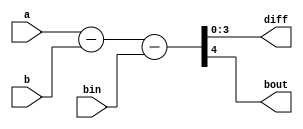
`timescale 1ns / 1ps
//////////////////////////////////////////////////////////////////////////////////
// Company: 
// Engineer: 
// 
// Design Name: 
// Module Name:    fs_4bit_dataflow 
// Project Name: 
// Target Devices: 
// Tool versions: 
// Description: 
//
// Dependencies: 
//
// Revision: 
// Revision 0.01 - File Created
// Additional Comments: 
//
//////////////////////////////////////////////////////////////////////////////////
module fs_4bit_dataflow(diff, bout, a, b, bin);
	input [3:0] a, b;
	input bin;
	output [3:0] diff;
	output bout;
	
	/*assign diff[0] = a[0]^b[0]^bin;
	assign w1 = (a[0]~^b[0])&bin | ~a[0]&b[0];
	
	assign diff[1] = a[1]^b[1]^w1;
	assign w2 = (a[1]~^b[1])&w1 | ~a[1]&b[1];
	
	assign diff[2] = a[2]^b[2]^w2;
	assign w3 = (a[2]~^b[2])&w2 | ~a[2]&b[2];
	
	assign diff[3] = a[3]^b[3]^w3;
	assign bout = (a[3]~^b[3])&w3 | ~a[3]&b[3];
*/
	assign {bout, diff} = a - b - bin;

endmodule